Annual administration report of the Civil Veterinary Department of India - 1903-1904
Year: 1903
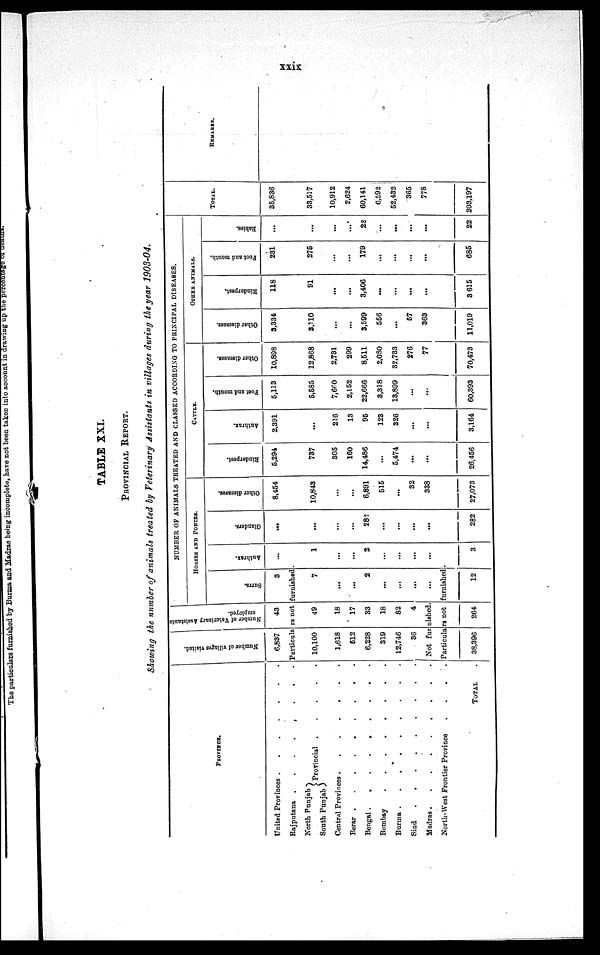
xxix
TABLE XXI.
PROVINCIAL REPORT.
Showing the number of animals treated by Veterinary Assistants in villages during the year 1903-04.
PROVINCE.
United Provinces .
.
.
.
.
.
.
Rajputana .
.
.
.
.
.
.
.
North Punjab
South Punjab
Provincial .
.
.
.
.
Central Provinces
.
.
.
.
.
.
.
Berar .
.
.
.
.
.
.
.
.
Bengal .
.
.
.
.
.
.
.
.
Bombay
.
.
.
.
.
.
.
Burma . . . . . . .
Sind . . . . . . .
Madras
.
.
.
.
.
.
.
North-West Frontier Province
.
.
.
.
TOTAL .
Number of villages visited.
6,837
Number of Veterinary Assistant
employed.
43
NUMBER OF ANIMALS TREATED AND CLASSED ACCORDING TO PRINCIPAL DISEASES.
HORSES AND PONIES.
Surra.
3
Anthrax.
...
Particulars not furnished .
10,100
1,618
512
6,228
319
12,746
36
49
18
17
33
18
82
4
Not furnished.
7
...
...
2
...
...
...
...
1
...
...
2
...
...
...
...
Particulars not furnished .
38,396
264
12
3
Glanders.
...
...
...
...
282
...
...
...
...
282
Other diseases.
8,454
10,843
...
...
6,891
515
...
32
338
27,073
CATTLE.
Rinderpest.
5,294
737
305
160
14,486
...
5,474
...
...
26,456
Anthrax.
2,391
...
216
13
95
123
326
...
...
3,164
Foot and mouth.
5,113
5,585
7,660
2,152
22,666
3,318
13,899
...
...
60,393
Other diseases.
10,898
12,868
2,731
299
8,511
2,080
32,733
276
77
70,473
OTHER ANIMALS.
Other diseases.
3,334
3,110
...
...
3,599
556
...
57
363
11,019
Rinderpest.
118
91
...
...
3,406
...
...
...
...
3,615
Foot and mouth.
231
275
...
...
179
...
...
...
...
685
Rabies.
...
...
...
...
22
...
...
...
...
22
TOTAL.
35,836
33,517
10,912
2,624
60,141
6,592
52,432
365
778
203,197
REMARKS.